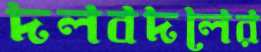
দলবদলের